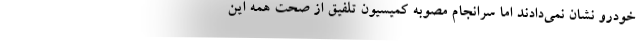
خودرو نشان نمی‌دادند اما سرانجام مصوبه کمیسیون تلفیق از صحت همه این